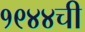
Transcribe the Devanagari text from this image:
१९४४ची